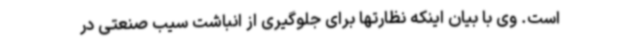
است. وی با بیان اینکه نظارتها برای جلوگیری از انباشت سیب صنعتی در